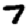
Digit: 7